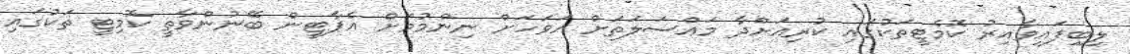
ލިބިފައިވާއިރު ކޮމެޓީތަކުގައި ކުރިއަށްދާ މައްސަލަތަށް އަވަހަށް ނިންމުމަށް އެޕާޓީން ބޭނުންވާތީ ކޮމިޓީ ތަކުގައި